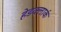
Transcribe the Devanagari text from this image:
हेडक्लार्क